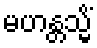
မဟန္တသ္မိံ